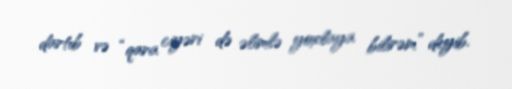
dartıb və “qara ciyəri də əlimlə yoxlaya bilirəm” deyib.